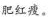
肥红瘦。